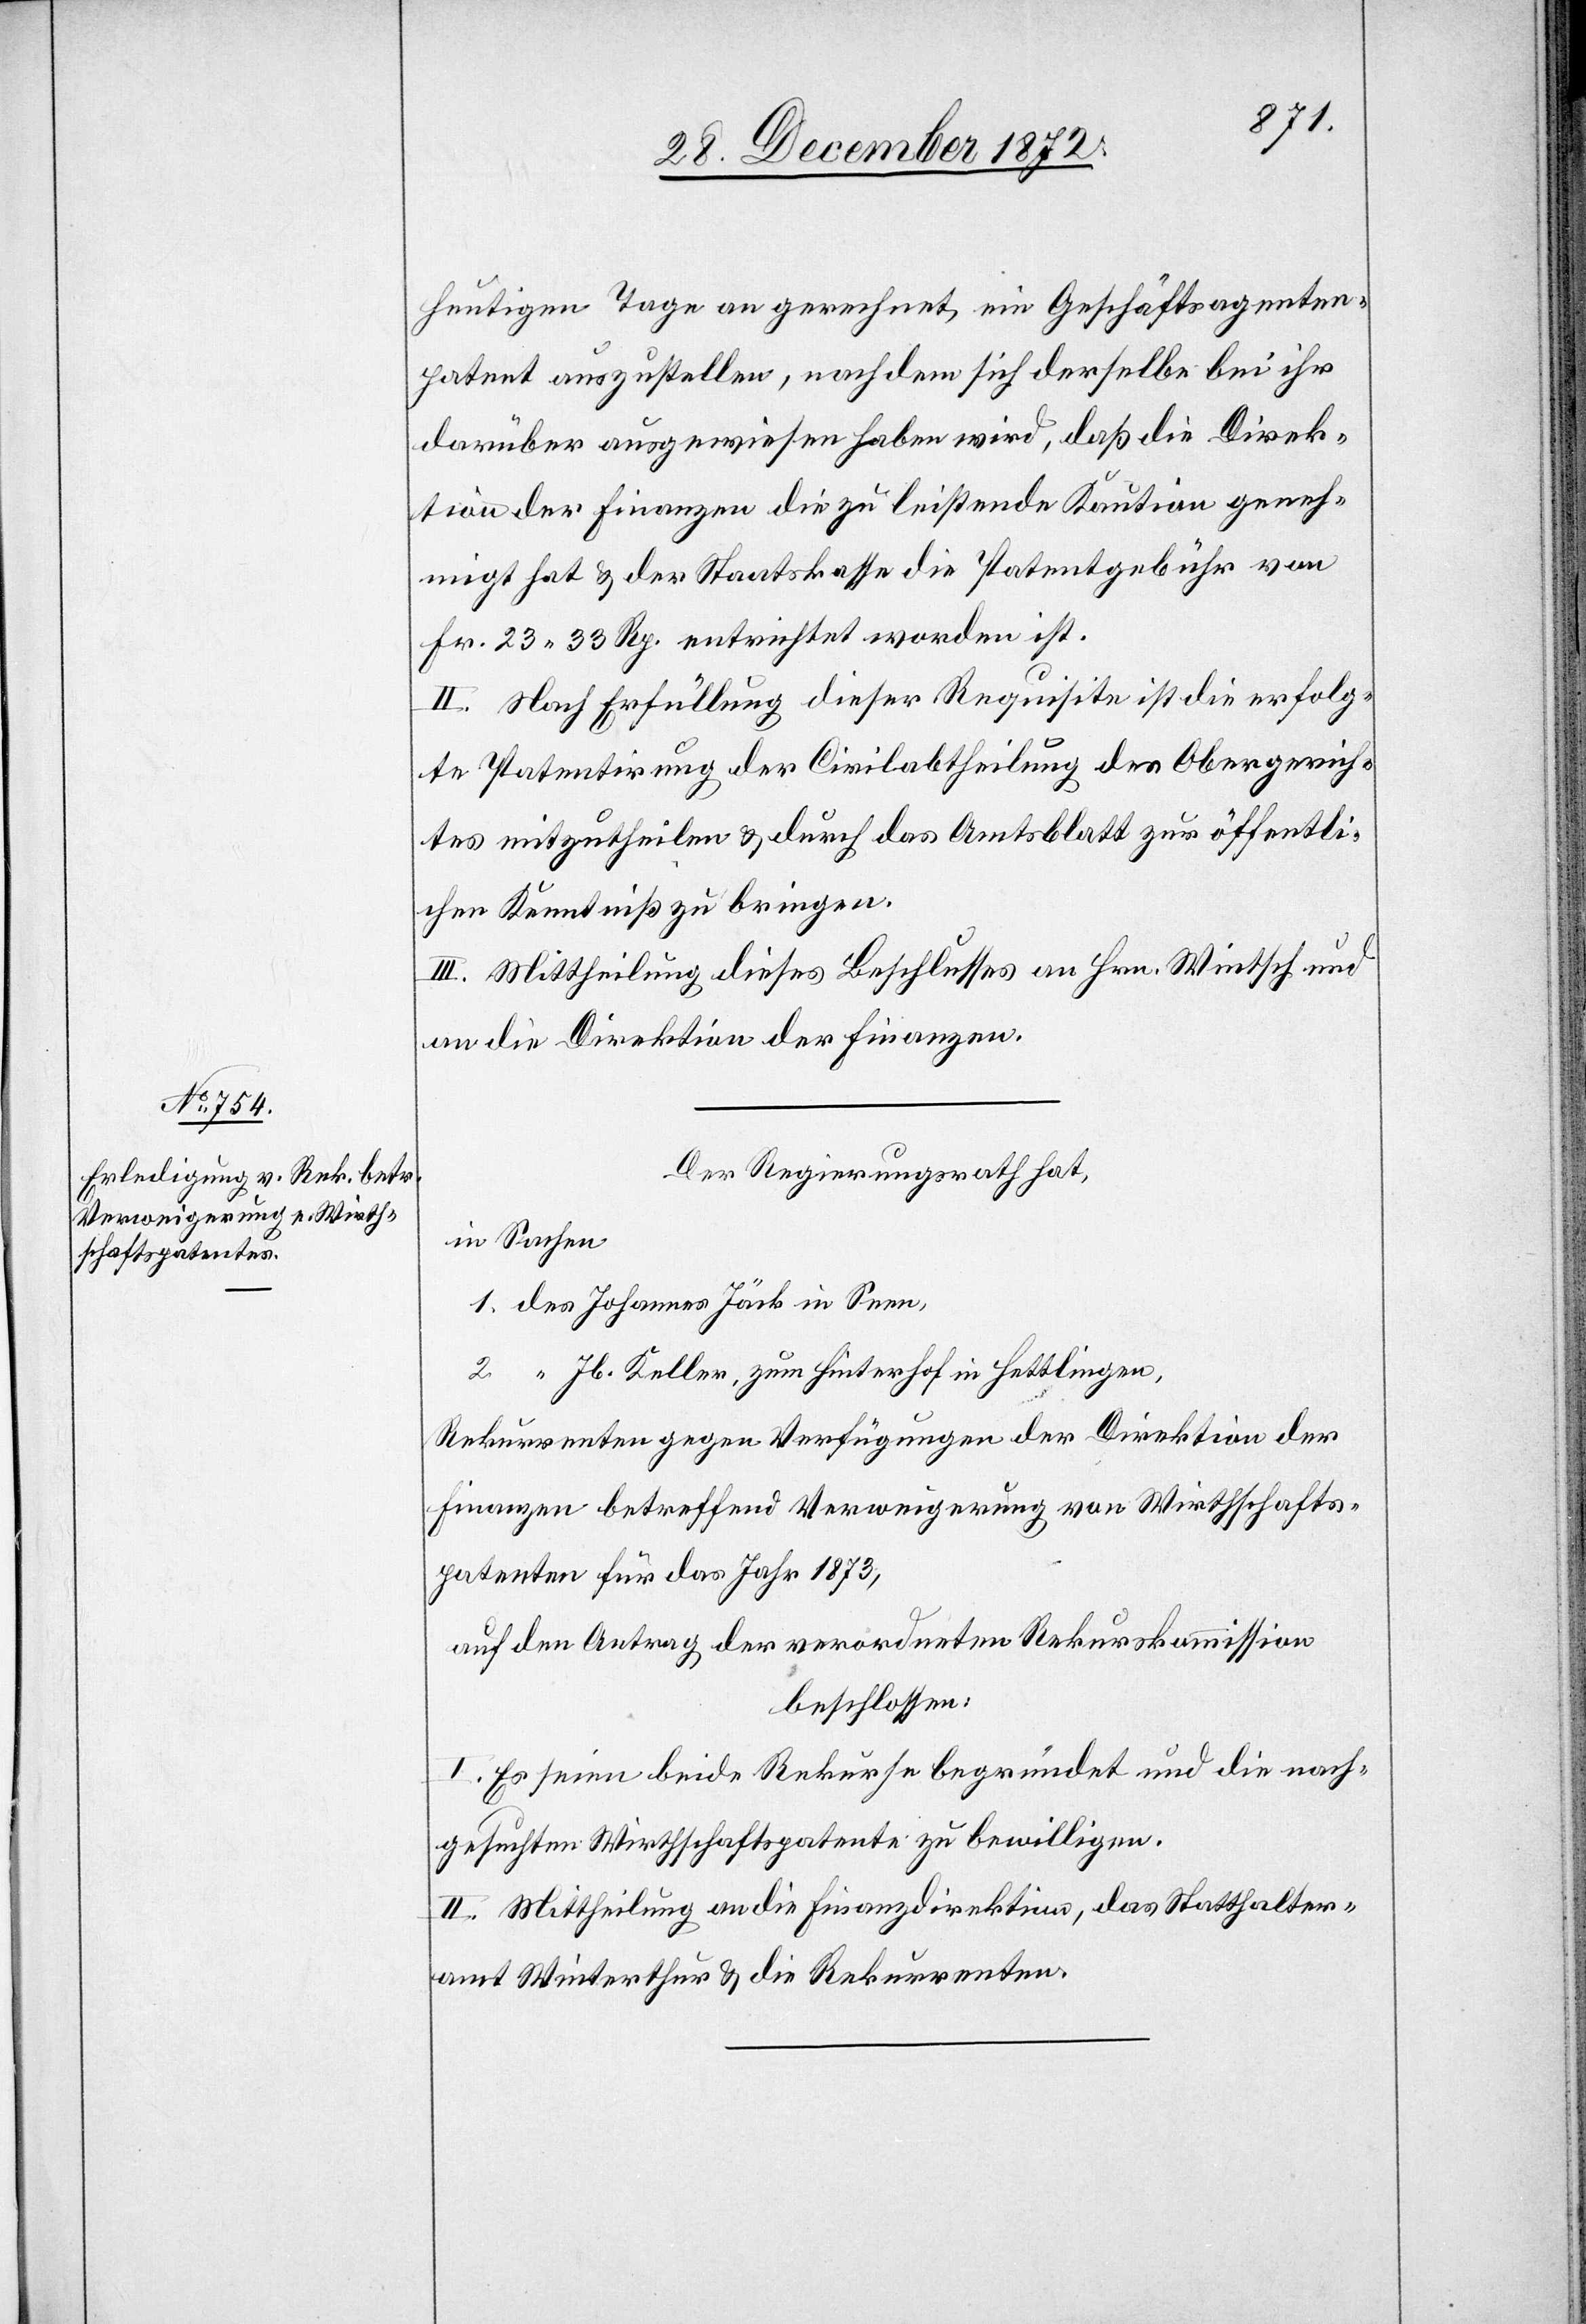
heutigen Tage an gerechnet ein Geschäftsagenten¬
patent auszustellen, nachdem sich derselbe bei ihr
darüber ausgewiesen haben wird, daß die Direk¬
tion der Finanzen die zu leistende Kaution geneh¬
migt hat u. der Staatskasse die Patentgebühr von
Fr. 23 33 Rp. entrichtet worden ist.
II. Nach Erfüllung dieser Requisite ist die erfolg¬
te Patentirung der Civilabtheilung des Obergerich¬
tes mitzutheilen u. durch das Amtsblatt zur öffentli¬
chen Kenntniß zu bringen.
III. Mittheilung dieses Beschlusses an Hrn. Wintsch und
an die Direktion der Finanzen.
Der Regierungsrath hat,
in Sachen
Jb. Keller, zum Hinterhof in Hettlingen,
Rekurrenten gegen Verfügungen der Direktion der
Finanzen betreffend Verweigerung von Wirthschafts¬
patenten für das Jahr 1873,
auf den Antrag der verordneten Rekurskommission
beschlossen:
I. Es seien beide Rekurse begründet und die nach¬
gesuchten Wirthschaftspatente zu bewilligen.
II. Mittheilung an die Finanzdirektion, das Statthalter¬
amt Winterthur u. die Rekurrenten.